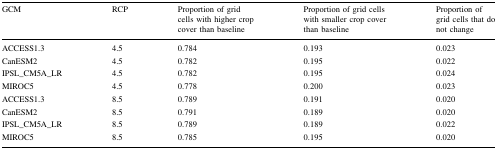
| GCM | RCP | Proportion of grid cells with higher crop cover than baseline | Proportion of grid cells with smaller crop cover than baseline | Proportion of grid cells that do not change |
 | --- | --- | --- | --- | --- |
 | ACCESS1.3 | 4.5 | 0.784 | 0.193 | 0.023 |
 | CanESM2 | 4.5 | 0.782 | 0.195 | 0.022 |
 | IPSL_CM5A_LR | 4.5 | 0.782 | 0.195 | 0.024 |
 | MIROC5 | 4.5 | 0.778 | 0.200 | 0.023 |
 | ACCESS1.3 | 8.5 | 0.789 | 0.191 | 0.020 |
 | CanESM2 | 8.5 | 0.791 | 0.189 | 0.020 |
 | IPSL_CM5A_LR | 8.5 | 0.789 | 0.189 | 0.022 |
 | MIROC5 | 8.5 | 0.785 | 0.195 | 0.020 |